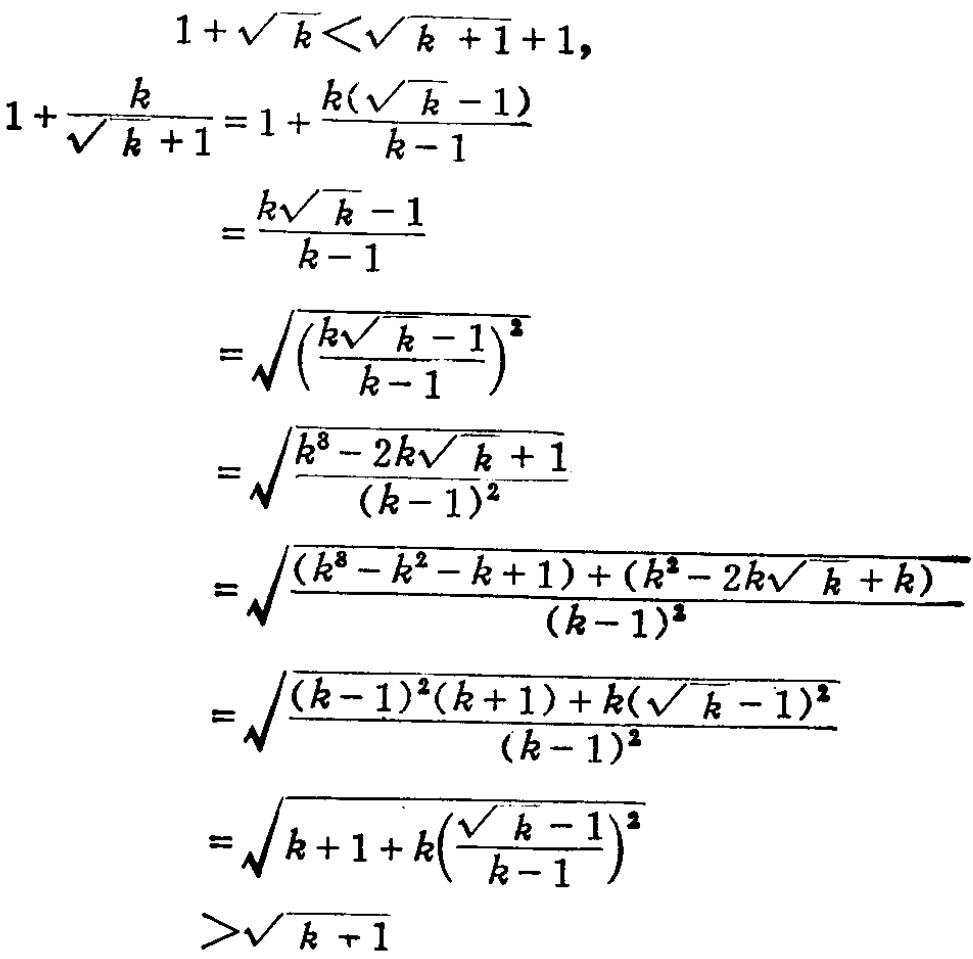
\begin{align*}

1+\sqrt{k}&<\sqrt{k + 1}+1,\\

1+\frac{k}{\sqrt{k + 1}}&=1+\frac{k(\sqrt{k}-1)}{k - 1}\\

&=\frac{k\sqrt{k}-1}{k - 1}\\

&=\sqrt{\left(\frac{k\sqrt{k}-1}{k - 1}\right)^2}\\

&=\sqrt{\frac{k^{3}-2k\sqrt{k}+1}{(k - 1)^2}}\\

&=\sqrt{\frac{(k^{3}-k^{2}-k + 1)+(k^{2}-2k\sqrt{k}+k)}{(k - 1)^2}}\\

&=\sqrt{\frac{(k - 1)^2(k + 1)+k(\sqrt{k}-1)^2}{(k - 1)^2}}\\

&=\sqrt{k + 1+k\left(\frac{\sqrt{k}-1}{k - 1}\right)^2}\\

&>\sqrt{k + 1}

\end{align*}